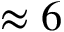
\approx 6